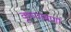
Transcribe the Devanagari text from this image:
कृष्णवर्णा